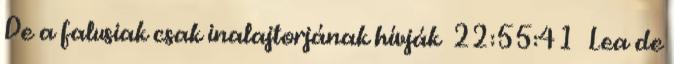
De a falusiak csak inalajtorjának hívják 22:55:41 Lea de